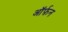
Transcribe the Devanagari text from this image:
ऑर्फ़न